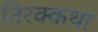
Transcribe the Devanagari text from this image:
तिरक्कथा